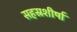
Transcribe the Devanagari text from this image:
सहस्रशीर्षा